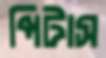
পিটাস